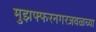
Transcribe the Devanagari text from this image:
मुझफ्फरनगरजवळच्या